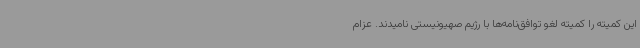
این کمیته را کمیته لغو توافق‌نامه‌ها با رژیم صهیونیستی نامیدند. عزام